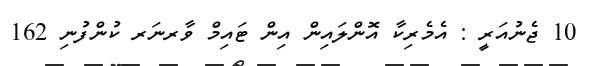
10 ޖެނުއަރީ : އެމެރިކާ އޮންލައިން އިން ޓައިމް ވާރނަރ ކުންފުނި 162